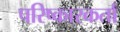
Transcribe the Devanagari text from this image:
परिष्कारकर्ता